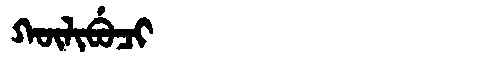
Manchu: ᡴᡡᠯᡳᠪᡠᠴᡳ
Romanization: KŪLIBUCI